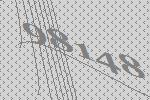
98148